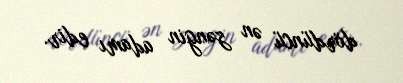
dördüncü ən zəngin adamı edir.